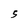
Character: S